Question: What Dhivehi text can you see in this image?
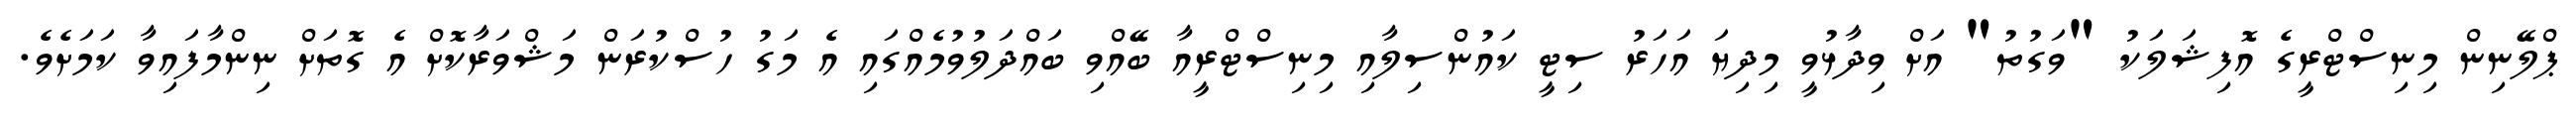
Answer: ޕްލޭނިން މިނިސްޓްރީގެ އޮފިޝަލަކު "ވަގުތު" އަށް ވިދާޅުވީ މިދިޔަ އަހަރު ސިޓީ ކައުންސިލާއި މިނިސްޓްރީއާ ބޭއްވި ބައްދަލުވުމެއްގައި އެ މަގު ހުސްކުރަން މަޝްވަރާކޮށް އެ ގޮތަށް ނިންމާފައިވާ ކަމަށެވެ.